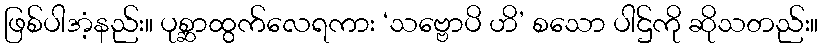
ဖြစ်ပါအံ့နည်း။ ပုစ္ဆာထွက်လေရကား ‘သဗ္ဗောပိ ဟိ’ စသော ပါဌ်ကို ဆိုသတည်း။